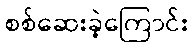
စစ်ဆေးခဲ့ကြောင်း